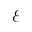
\mathcal { E }